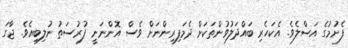
ފެށުމުގެ އަސްލެވެ. އެކަހެރި ބައްދަލުވުންތަކަށް ދެމަފިރިންނަށް ވެސް އޮންނަނީ ފުރުސަތު ނުލިބިއެވެ. ޖާގަ